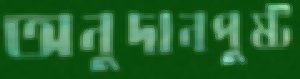
অনুদানপুষ্ট